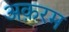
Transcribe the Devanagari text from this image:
अक़रम